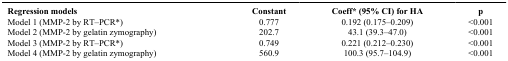
| Regression models | Constant | Coeff* (95% CI) for HA | p |
 | --- | --- | --- | --- |
 | Model 1 (MMP-2 by RT–PCR*) | 0.777 | 0.192 (0.175–0.209) | <0.001 |
 | Model 2 (MMP-2 by gelatin zymography) | 202.7 | 43.1 (39.3–47.0) | <0.001 |
 | Model 3 (MMP-2 by RT–PCR*) | 0.749 | 0.221 (0.212–0.230) | <0.001 |
 | Model 4 (MMP-2 by gelatin zymography) | 560.9 | 100.3 (95.7–104.9) | <0.001 |